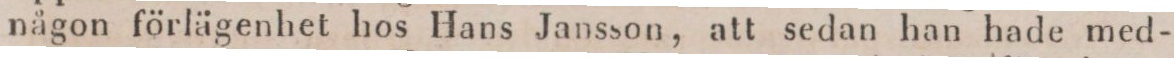
någon förlägenhet hos Hans Jansson, att sedan han hade med-